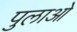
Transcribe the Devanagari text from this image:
पुलाओ